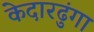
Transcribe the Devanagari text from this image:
केदारढुंगा